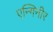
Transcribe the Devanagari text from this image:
एन्गिनीर